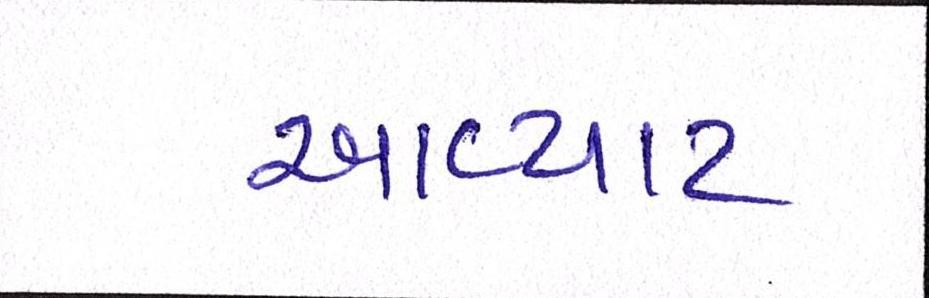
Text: આવ્યાટ